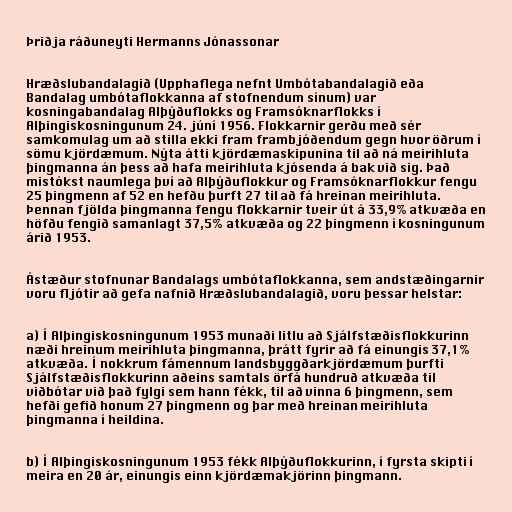
Þriðja ráðuneyti Hermanns Jónassonar

Hræðslubandalagið (Upphaflega nefnt Umbótabandalagið eða
Bandalag umbótaflokkanna af stofnendum sínum) var
kosningabandalag Alþýðuflokks og Framsóknarflokks í
Alþingiskosningunum 24. júní 1956. Flokkarnir gerðu með sér
samkomulag um að stilla ekki fram frambjóðendum gegn hvor öðrum í
sömu kjördæmum. Nýta átti kjördæmaskipunina til að ná meirihluta
þingmanna án þess að hafa meirihluta kjósenda á bak við sig. Það
mistókst naumlega því að Alþýðuflokkur og Framsóknarflokkur fengu
25 þingmenn af 52 en hefðu þurft 27 til að fá hreinan meirihluta.
Þennan fjölda þingmanna fengu flokkarnir tveir út á 33,9% atkvæða en
höfðu fengið samanlagt 37,5% atkvæða og 22 þingmenn í kosningunum
árið 1953.

Ástæður stofnunar Bandalags umbótaflokkanna, sem andstæðingarnir
voru fljótir að gefa nafnið Hræðslubandalagið, voru þessar helstar:

a) Í Alþingiskosningunum 1953 munaði litlu að Sjálfstæðisflokkurinn
næði hreinum meirihluta þingmanna, þrátt fyrir að fá einungis 37,1%
atkvæða. Í nokkrum fámennum landsbyggðarkjördæmum þurfti
Sjálfstæðisflokkurinn aðeins samtals örfá hundruð atkvæða til
viðbótar við það fylgi sem hann fékk, til að vinna 6 þingmenn, sem
hefði gefið honum 27 þingmenn og þar með hreinan meirihluta
þingmanna í heildina.

b) Í Alþingiskosningunum 1953 fékk Alþýðuflokkurinn, í fyrsta skipti í
meira en 20 ár, einungis einn kjördæmakjörinn þingmann.